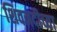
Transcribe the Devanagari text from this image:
शिवनदीच्या